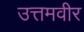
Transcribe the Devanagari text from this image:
उत्तमवीर